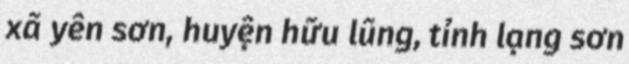
xã yên sơn, huyện hữu lũng, tỉnh lạng sơn